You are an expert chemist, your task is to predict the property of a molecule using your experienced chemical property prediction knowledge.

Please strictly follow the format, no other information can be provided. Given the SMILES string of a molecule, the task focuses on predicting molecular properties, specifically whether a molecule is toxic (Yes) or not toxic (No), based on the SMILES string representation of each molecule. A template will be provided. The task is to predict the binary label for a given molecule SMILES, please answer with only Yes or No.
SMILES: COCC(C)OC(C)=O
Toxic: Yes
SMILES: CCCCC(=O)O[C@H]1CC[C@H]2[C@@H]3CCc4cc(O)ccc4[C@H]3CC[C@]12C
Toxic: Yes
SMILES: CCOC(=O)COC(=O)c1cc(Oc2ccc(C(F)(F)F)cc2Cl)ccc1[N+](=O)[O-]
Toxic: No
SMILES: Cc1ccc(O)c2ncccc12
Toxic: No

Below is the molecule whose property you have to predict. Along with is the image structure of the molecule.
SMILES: O=C(O)[C@H](O)c1ccccc1
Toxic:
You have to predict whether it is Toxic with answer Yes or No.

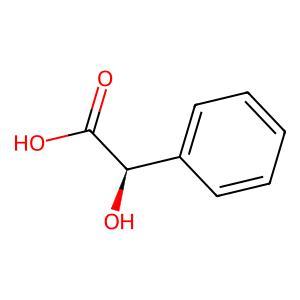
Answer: No